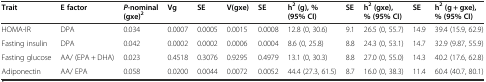
| Trait | E factor | P-nominal (gxe)2 | Vg | SE | V(gxe) | SE | h2 (g), % (95% CI) | SE | h2 (gxe), % (95% CI) | SE | h2 (g + gxe), % (95% CI) |
 | --- | --- | --- | --- | --- | --- | --- | --- | --- | --- | --- | --- |
 | HOMA-IR | DPA | 0.034 | 0.0007 | 0.0005 | 0.0015 | 0.0008 | 12.8 (0, 30.6) | 9.1 | 26.5 (0, 55.7) | 14.9 | 39.4 (15.9, 62.9) |
 | Fasting insulin | DPA | 0.042 | 0.0002 | 0.0002 | 0.0006 | 0.0004 | 8.6 (0, 25.8) | 8.8 | 24.3 (0, 53.1) | 14.7 | 32.9 (9.87, 55.9) |
 | Fasting glucose | AA/ (EPA + DHA) | 0.023 | 0.4518 | 0.3076 | 0.9295 | 0.4979 | 13.1 (0, 30.3) | 8.8 | 27.0 (0, 55.0) | 14.3 | 40.2 (17.6, 62.8) |
 | Adiponectin | AA/ EPA | 0.058 | 0.0200 | 0.0044 | 0.0072 | 0.0052 | 44.4 (27.3, 61.5) | 8.7 | 16.0 (0, 38.3) | 11.4 | 60.4 (40.7, 80.1) |